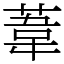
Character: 葦